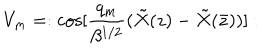
V _ { m } = : \mathrm { c o s } [ { \frac { q _ { m } } { \beta ^ { 1 / 2 } } } ( { \tilde { X } } ( z ) - { \tilde { X } } ( { \bar { z } } ) ) ] :